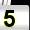
Digit: 5